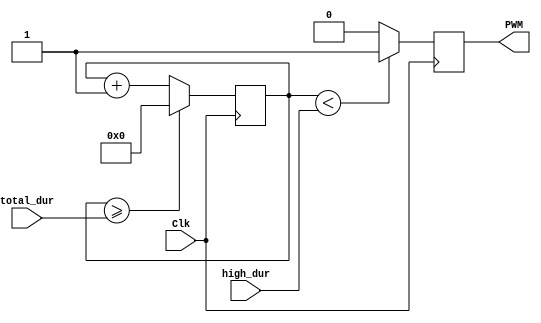
module PWM_Geneator(
	input        Clk,
	input [31:0] total_dur,
	input [31:0] high_dur,
	output reg   PWM
);

reg [31:0] tick;

always @ (posedge Clk)
begin
	if (tick >= total_dur)
	begin
		tick <= 0;
	end
	else
		tick <= tick + 1;
end

always @ (negedge Clk)
begin
	PWM <= (tick < high_dur)?1'b1:1'b0;//duck die width(5us)250  
end


endmodule